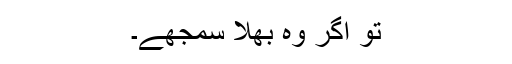
تو اگر وہ بھلا سمجھے۔